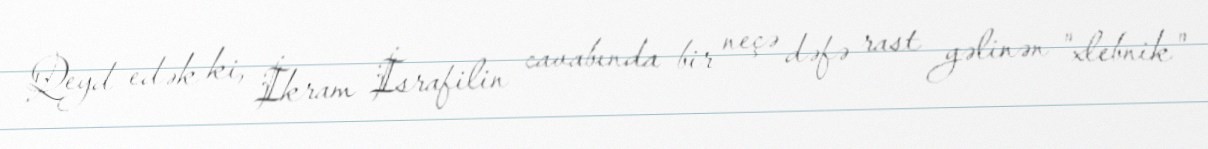
Qeyd edək ki, İkram İsrafilin cavabında bir neçə dəfə rast gəlinən "xlebnik"